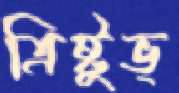
ত্রিষ্টুভ্‌